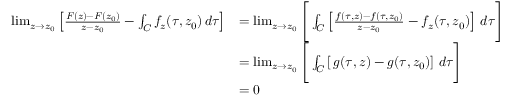
\begin{array} { r l } { \operatorname* { l i m } _ { z \to z _ { 0 } } \left[ \frac { F ( z ) - F ( z _ { 0 } ) } { z - z _ { 0 } } - \int _ { C } f _ { z } ( \tau , z _ { 0 } ) \, d \tau \right] } & { = \operatorname* { l i m } _ { z \to z _ { 0 } } \Bigg [ \int _ { C } \left[ \frac { f ( \tau , z ) - f ( \tau , z _ { 0 } ) } { z - z _ { 0 } } - f _ { z } ( \tau , z _ { 0 } ) \right] \, d \tau \Bigg ] } \\ & { = \operatorname* { l i m } _ { z \to z _ { 0 } } \Bigg [ \int _ { C } \left[ \, g ( \tau , z ) - g ( \tau , z _ { 0 } ) \right] \, d \tau \Bigg ] } \\ & { = 0 } \end{array}